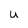
Character: U